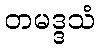
တမဒ္ဒသံ